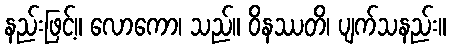
နည်းဖြင့်။ လောကော၊ သည်။ ဝိနဿတိ၊ ပျက်သနည်း။